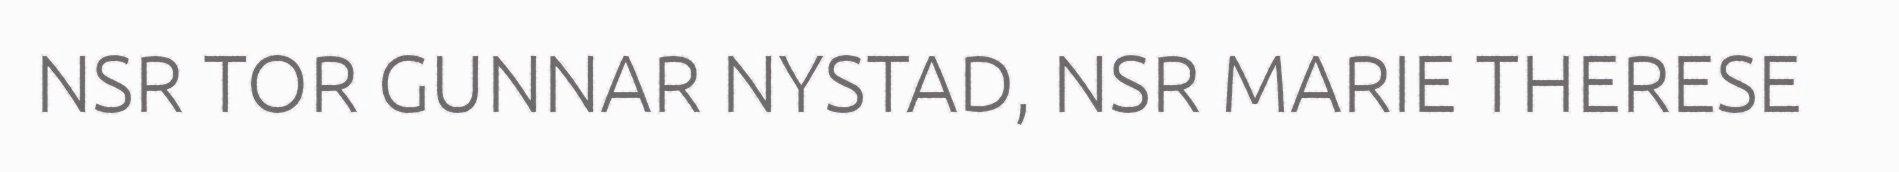
NSR TOR GUNNAR NYSTAD, NSR MARIE THERESE